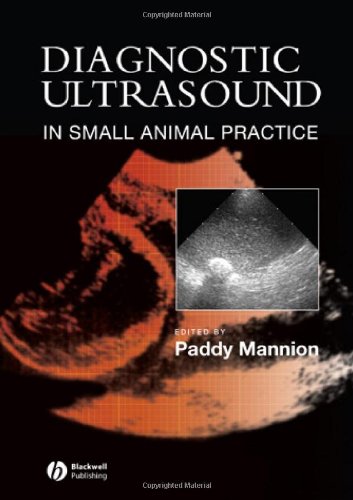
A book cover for Diagnostic Ultrasound in Small Animal Practice; Medical Books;